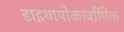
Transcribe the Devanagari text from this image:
डाइथायोकार्बामिक